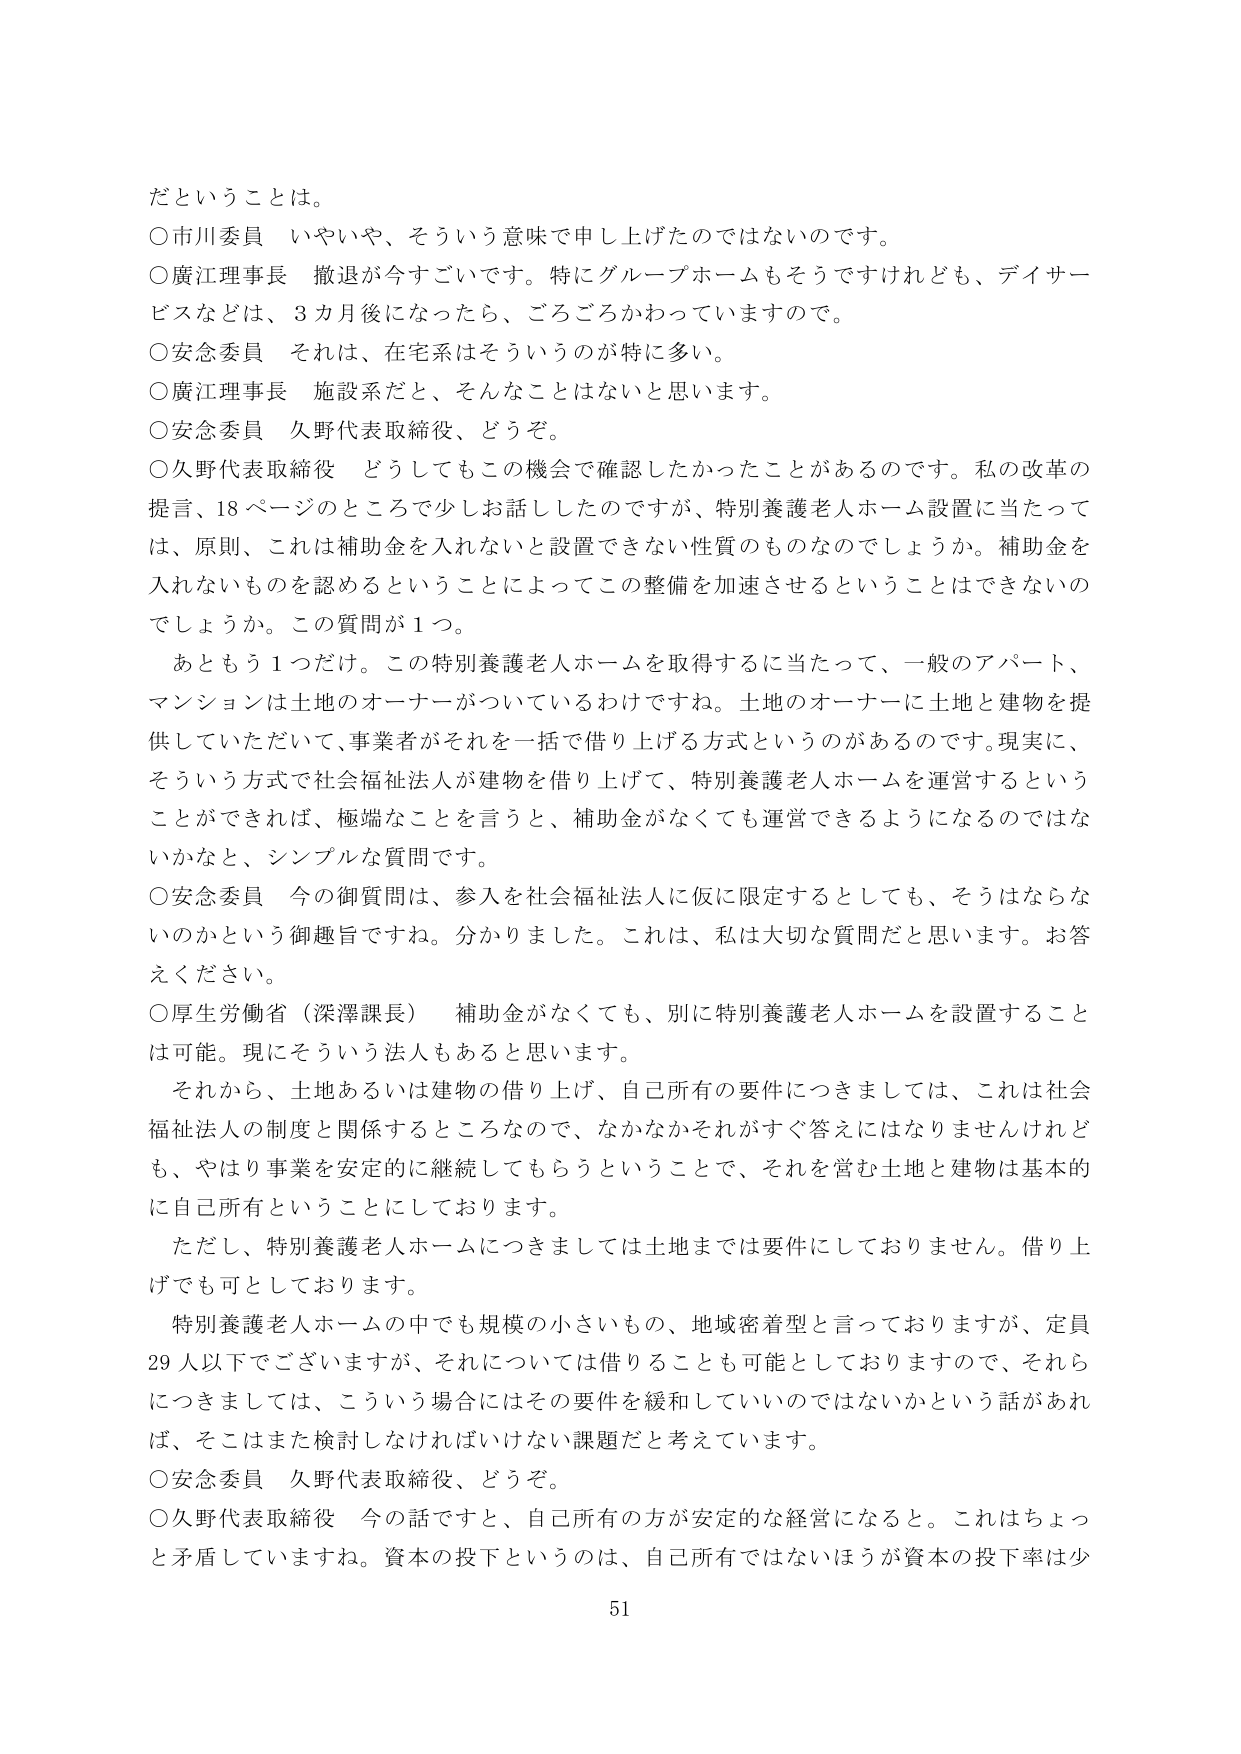
だということは。

○市川委員　いやいや、そういう意味で申し上げたのではないのです。

○廣江理事長　撤退が今すごいです。特にグループホームもそうですけれども、デイサービスなどは、3カ月後になったら、ごろごろかわっていますので。

○安念委員　それは、在宅系はそういうのが特に多い。

○廣江理事長　施設系だと、そんなことはないと思います。

○安念委員　久野代表取締役、どうぞ。

○久野代表取締役　どうしてもこの機会で確認したかったことがあります。私の改革の提言、18ページのところで少しお話しましたのですが、特別養護老人ホーム設置に当たっては、原則、これは補助金を入れないと設置できない性質のものなのでしょうか。補助金を入れないものを認めるということによってこの整備を加速させるということはできないのでしょうか。この質問が1つ。

　あともう1つだけ。この特別養護老人ホームを取得するに当たって、一般のアパート、マンションは土地のオーナーがついているわけですね。土地のオーナーに土地と建物を提供していただいて、事業者がそれを一括で借り上げる方式というのがあるのです。現実に、そういう方式で社会福祉法人が建物を借り上げて、特別養護老人ホームを運営するということができれば、極端なことを言うと、補助金がなくても運営できるようになるのではないかと、シンプルな質問です。

○安念委員　今の御質問は、参入を社会福祉法人に仮に限定するとしても、そうはならないのかという御趣旨ですね。分かりました。これは、私は大切な質問だと思います。お答えください。

○厚生労働省（深澤課長）　補助金がなくても、別に特別養護老人ホームを設置することは可能。現にそういう法人もあると思います。

　それから、土地あるいは建物の借り上げ、自己所有の要件につきましては、これは社会福祉法人の制度と関係するところなので、なかなかそれがすぐ答えにはなりませんけれども、やはり事業を安定的に継続してもらうということで、それを営む土地と建物は基本的に自己所有ということにしております。

　ただし、特別養護老人ホームにつきましては土地までは要件にしておりません。借り上げでも可としております。

　特別養護老人ホームの中でも規模の小さいもの、地域密着型と言っておりますが、定員29人以下でございますが、それについては借りることも可能としておりますので、それらにつきましては、こういう場合にはその要件を緩和していいのではないかという話があれば、そこはまた検討しなければいけない課題だと考えています。

○安念委員　久野代表取締役、どうぞ。

○久野代表取締役　今の話ですと、自己所有の方が安定的な経営になると。これはちょっと矛盾していますね。資本の投下というのは、自己所有ではないほうが資本の投下率は少

51